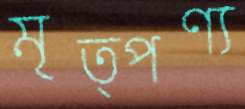
মৃত্পণ্য